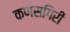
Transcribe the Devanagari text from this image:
कणसगिरी